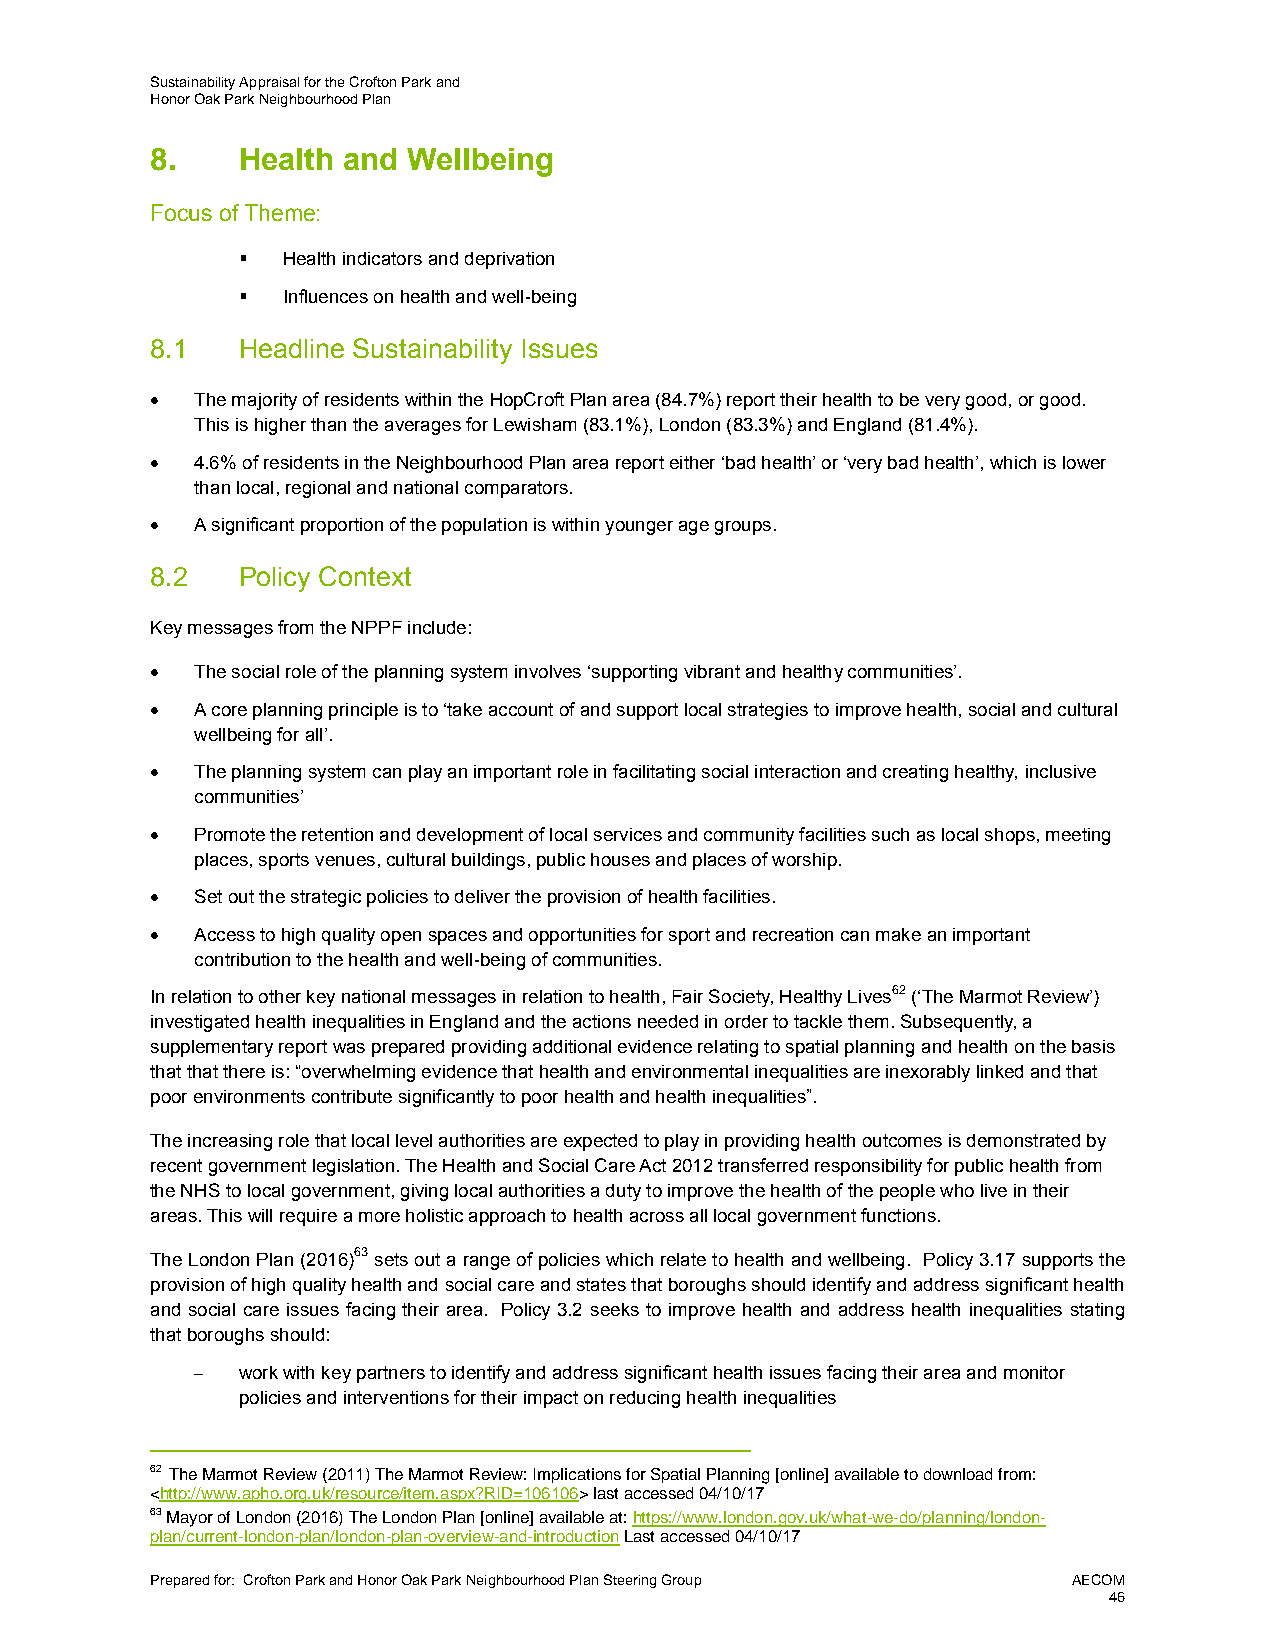
Sustainability Appraisal for the Crofton Park and
 Honor Oak Park Neighbourhood Plan
 8.    Health and Wellbeing
 Focus of Theme:
   Health indicators and deprivation
   Influences on health and well-being
 8.1   Headline Sustainability Issues
   The majority of residents within the HopCroft Plan area (84.7%) report their health to be very good, or good.
 This is higher than the averages for Lewisham (83.1%), London (83.3%) and England (81.4%).
   4.6% of residents in the Neighbourhood Plan area report either ‘bad health’ or ‘very bad health’, which is lower
 than local, regional and national comparators.
   A significant proportion of the population is within younger age groups.
 8.2   Policy Context
 Key messages from the NPPF include:
   The social role of the planning system involves ‘supporting vibrant and healthy communities’.
   A core planning principle is to ‘take account of and support local strategies to improve health, social and cultural
 wellbeing for all’.
   The planning system can play an important role in facilitating social interaction and creating healthy, inclusive
 communities’
   Promote the retention and development of local services and community facilities such as local shops, meeting
 places, sports venues, cultural buildings, public houses and places of worship.
   Set out the strategic policies to deliver the provision of health facilities.
   Access to high quality open spaces and opportunities for sport and recreation can make an important
 contribution to the health and well-being of communities.
 In relation to other key national messages in relation to health, Fair Society, Healthy Lives62 (‘The Marmot Review’)
 investigated health inequalities in England and the actions needed in order to tackle them. Subsequently, a
 supplementary report was prepared providing additional evidence relating to spatial planning and health on the basis
 that that there is: “overwhelming evidence that health and environmental inequalities are inexorably linked and that
 poor environments contribute significantly to poor health and health inequalities”.
 The increasing role that local level authorities are expected to play in providing health outcomes is demonstrated by
 recent government legislation. The Health and Social Care Act 2012 transferred responsibility for public health from
 the NHS to local government, giving local authorities a duty to improve the health of the people who live in their
 areas. This will require a more holistic approach to health across all local government functions.
 The London Plan (2016)63 sets out a range of policies which relate to health and wellbeing. Policy 3.17 supports the
 provision of high quality health and social care and states that boroughs should identify and address significant health
 and social care issues facing their area. Policy 3.2 seeks to improve health and address health inequalities stating
 that boroughs should:
 ─  work with key partners to identify and address significant health issues facing their area and monitor
 policies and interventions for their impact on reducing health inequalities
 62 The Marmot Review (2011) The Marmot Review: Implications for Spatial Planning [online] available to download from:
 <http://www.apho.org.uk/resource/item.aspx?RID=106106> last accessed 04/10/17
 63 Mayor of London (2016) The London Plan [online] available at: https://www.london.gov.uk/what-we-do/planning/london-
 plan/current-london-plan/london-plan-overview-and-introduction Last accessed 04/10/17
 Prepared for: Crofton Park and Honor Oak Park Neighbourhood Plan Steering Group AECOM
 46